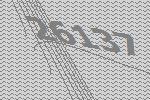
26137